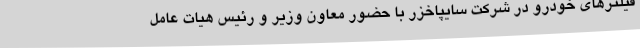
فیلترهای خودرو در شرکت سایپاخزر با حضور معاون وزیر و رئیس هیات عامل